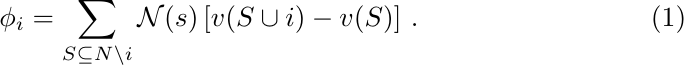
\begin{equation}\label{eq:shapleyvalues}
	\phi_i =  \sum_{S \subseteq N \backslash i} \mathcal{N}(s) \left[v(S \cup i) - v(S) \right]\,.
\end{equation}